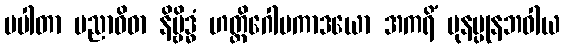
ပပါတာ ပညာဝိဓာ နိဗ္ဗိဒ္ဓံ ဟတ္ထိဂေါပကာဒယော အကရိံ ပုနပ္ပုနဘဝါယ